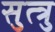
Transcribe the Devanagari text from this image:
सुत्त्रु